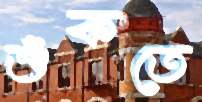
শুঁকতে